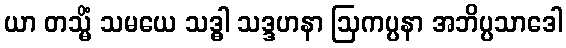
ယာ တသ္မိံ သမယေ သဒ္ဓါ သဒ္ဒဟနာ ဩကပ္ပနာ အဘိပ္ပသာဒေါ